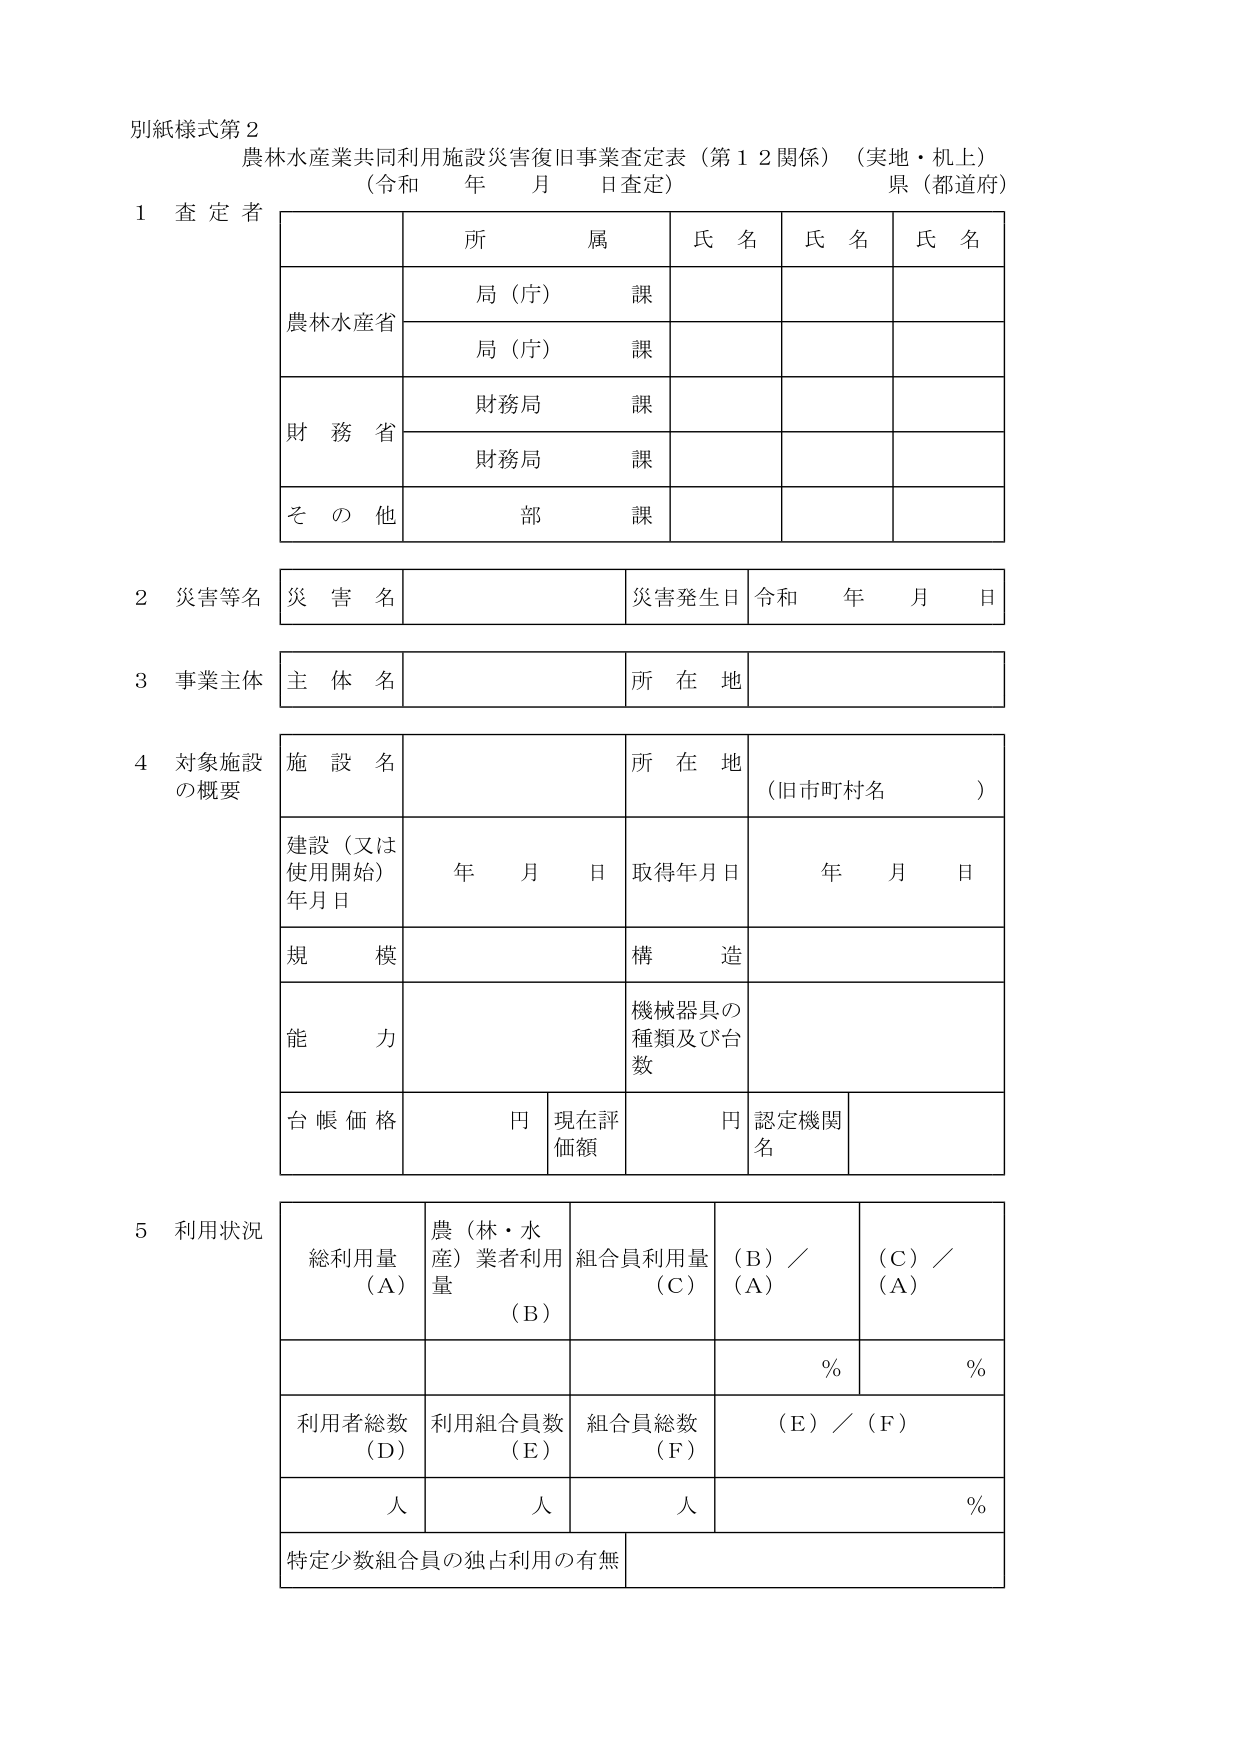
別紙様式第２
農林水産業共同利用施設災害復旧事業査定表（第１２関係）（実地・机上）
（令和 年 月 日査定） 県（都道府）

１ 査定者
　　所属　　　　　氏名　　　氏名　　　氏名
　　農林水産省　　局（庁）課
　　　　　　　　　局（庁）課
　　財務省　　　　財務局　課
　　　　　　　　　財務局　課
　　その他　　　　部　課

２ 災害等名　災害名　　　　　　　災害発生日　令和 年 月 日

３ 事業主体　主体名　　　　　　　所在地

４ 対象施設
　の概要　　施設名　　　　　　　所在地　（旧市町村名　）
　　　　　　建設（又は
　　　　　　　使用開始）
　　　　　　年月日　　　　　取得年月日　年 月 日
　　　　　　規模　　　　　　　構造
　　　　　　能力　　　　　　　機械器具の
　　　　　　　　　　　　　　　種類及び台数
　　　　　　台帳価格　　　円　現在評価額　円　認定機関名

５ 利用状況
　　　　　総利用量（Ａ）　農（林・水産）業者利用量（Ｂ）　組合員利用量（Ｃ）　（Ｂ）／（Ａ）　（Ｃ）／（Ａ）
　　　　　　　　　　　　　　　　　　　　　　　　　　　　％　　　　　　％
　　　　　利用者総数（Ｄ）　利用組合員数（Ｅ）　組合員総数（Ｆ）　（Ｅ）／（Ｆ）
　　　　　　　　　　　　　人　　　人　　　人　　　　　　　　％
　　　　　特定少数組合員の独占利用の有無